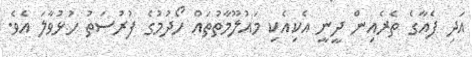
އަދި ފެއާގެ ތެރެއިން ދީނީ އެކިއެކި މައުލޫމާތުތައް ހޯދުމުގެ ފުރުސަތު ހުޅުވާލަ އެވެ.